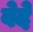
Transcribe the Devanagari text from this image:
वेदे